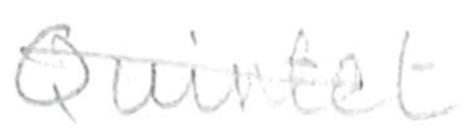
Text: Quintet
Cross-out: diagonal
Writing tool: pencil